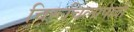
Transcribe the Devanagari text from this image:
चिरूचिलापल्ली